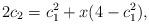
LaTeX: \begin{align*}2c_2=c_{1}^{2}+x(4-c_{1}^{2}),\end{align*}